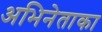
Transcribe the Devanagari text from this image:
अभिनेताका